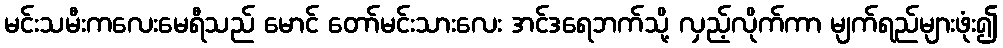
မင်းသမီးကလေးမေရီသည် မောင် တော်မင်းသားလေး အင်ဒရေဘက်သို့ လှည့်လိုက်ကာ မျက်ရည်များဖုံး၍